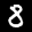
Label: 8